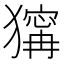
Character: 𤡺